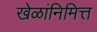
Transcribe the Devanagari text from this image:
खेळांनिमित्त